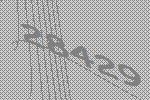
28429